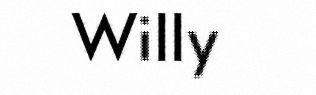
Willy